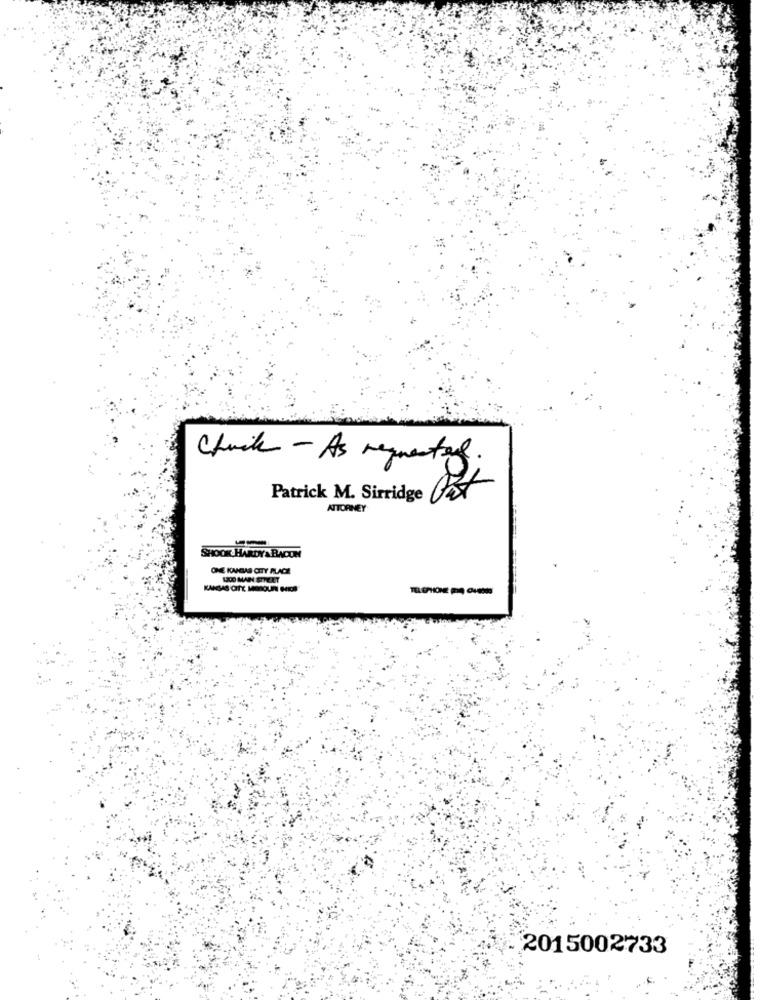
Chuck - As requested.
Patrick M. Sirridge
ATTORNEY
SHOOK HARDY & BACON
CHE KAMLAS CITY PLACE
LCD MAIN STREET
2015002733